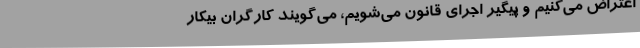
اعتراض می‌کنیم و پیگیر اجرای قانون می‌شویم، می‌گویند کارگران بیکار